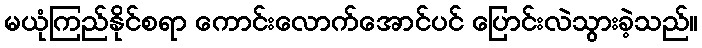
မယုံကြည်နိုင်စရာ ကောင်းလောက်အောင်ပင် ပြောင်းလဲသွားခဲ့သည်။